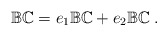
\begin{align*} \mathbb {BC}= e_1\mathbb {BC}+e_2\mathbb {BC}\;.\end{align*}